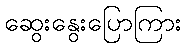
ဆွေးနွေးပြောကြား